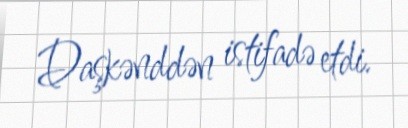
Daşkənddən istifadə etdi.